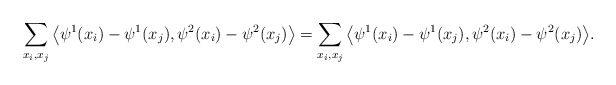
\begin{align*}& \sum_{x_i, x_j } \big\langle \psi^1(x_i) - \psi^1(x_j), \psi^2(x_i) - \psi^2(x_j) \big\rangle= \sum_{x_i, x_j } \big\langle \psi^1(x_i) - \psi^1(x_j), \psi^2(x_i) - \psi^2(x_j) \big\rangle. \end{align*}